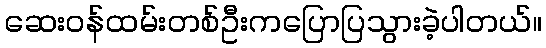
ဆေးဝန်ထမ်းတစ်ဦးကပြောပြသွားခဲ့ပါတယ်။